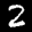
Label: 2